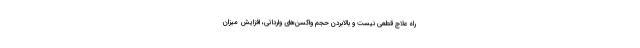
راه علاج قطعی نیست و بالابردن حجم واکسن‌های وارداتی، افزایش میزان